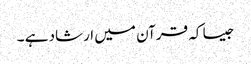
جیسا کہ قرآن میں ارشاد ہے ۔